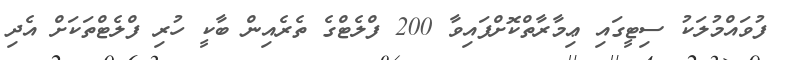
ފުވައްމުލަކު ސިޓީގައި ޢިމާރާތްކޮށްފައިވާ 200 ފްލެޓްގެ ތެރެއިން ބާކީ ހުރި ފްލެޓްތަކަށް އެދި